Indian journal of veterinary science and animal husbandry - Volumes 22-23, 1952-1953
Year: 1952
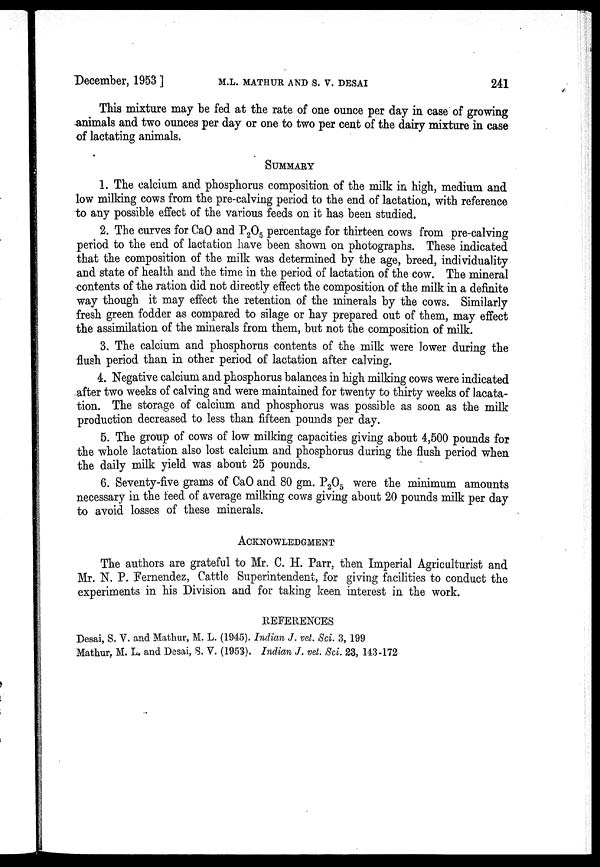
December, 1953 ]
M.L.
MATHUR
AND
S.
V.
DESAI
241
This mixture may be fed at the rate of one ounce per day in case of growing
animals and two ounces per day or one to two per cent of the dairy mixture in case
of lactating animals.
SUMMARY
1. The calcium and phosphorus composition of the milk in high, medium and
low milking cows from the pre-calving period to the end of lactation, with reference
to any possible effect of the various feeds on it has been studied.
2. The curves for CaO and P 2 O 5 percentage for thirteen cows from pre-calving
period to the end of lactation have been shown on photographs. These indicated
that the composition of the milk was determined by the age, breed, individuality
and state of health and the time in the period of lactation of the cow. The mineral
contents of the ration did not directly effect the composition of the milk in a definite
way though it may effect the retention of the minerals by the cows. Similarly
fresh green fodder as compared to silage or hay prepared out of them, may effect
the assimilation of the minerals from them, but not the composition of milk.
3. The calcium and phosphorus contents of the milk were lower during the
flush period than in other period of lactation after calving.
4. Negative calcium and phosphorus balances in high milking cows were indicated
after two weeks of calving and were maintained for twenty to thirty weeks of lacata-
tion. The storage of calcium and phosphorus was possible as soon as the milk
production decreased to less than fifteen pounds per day.
5. The group of cows of low milking capacities giving about 4,500 pounds for
the whole lactation also lost calcium and phosphorus during the flush period when
the daily milk yield was about 25 pounds.
6. Seventy-five grams of CaO and 80 gm. P 2 O 5 were the minimum amounts
necessary in the feed of average milking cows giving about 20 pounds milk per day
to avoid losses of these minerals.
ACKNOWLEDGMENT
The authors are grateful to Mr. C. H. Parr, then Imperial Agriculturist and
Mr. N. P. Fernendez, Cattle Superintendent, for giving facilities to conduct the
experiments in his Division and for taking keen interest in the work.
REFERENCES
Desai, S. V. and Mathur, M. L. (1945). Indian J. vet. Sci. 3, 199
Mathur, M. L. and Desai, S. V. (1953). Indian J. vet. Sci. 23, 143-172